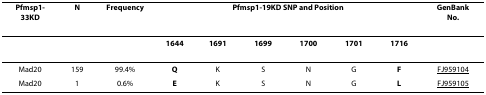
<table><thead><tr><td><b><i>Pfmsp1</i>-33KD</b></td><td><b>N</b></td><td><b>Frequency</b></td><td colspan="6"><b><i>Pfmsp1</i>-19KD SNP and Position</b></td><td><b>GenBank No.</b></td></tr></thead><tbody><tr><td></td><td></td><td></td><td><b>1644</b></td><td><b>1691</b></td><td><b>1699</b></td><td><b>1700</b></td><td><b>1701</b></td><td><b>1716</b></td><td></td></tr><tr><td>Mad20</td><td>159</td><td>99.4%</td><td><b>Q</b></td><td>K</td><td>S</td><td>N</td><td>G</td><td><b>F</b></td><td>FJ959104</td></tr><tr><td>Mad20</td><td>1</td><td>0.6%</td><td><b>E</b></td><td>K</td><td>S</td><td>N</td><td>G</td><td><b>L</b></td><td>FJ959105</td></tr></tbody></table>